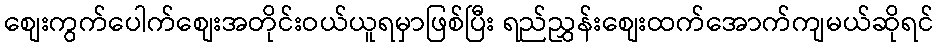
စျေးကွက်ပေါက်စျေးအတိုင်းဝယ်ယူရမှာဖြစ်ပြီး ရည်ညွှန်းစျေးထက်အောက်ကျမယ်ဆိုရင်